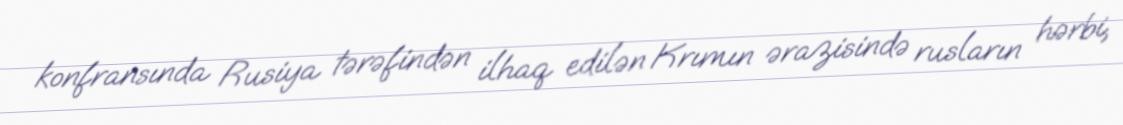
konfransında Rusiya tərəfindən ilhaq edilən Krımın ərazisində rusların hərbi,